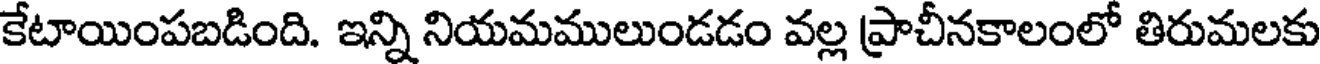
కేటాయింపబడింది. ఇన్ని నియమములుండడం వల్ల ప్రాచీనకాలంలో తిరుమలకు